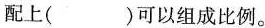
配上( )可以组成比例。